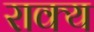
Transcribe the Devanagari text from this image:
राक्य